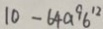
1 0 - 6 4 a ^ { 9 } 6 ^ { 1 2 }